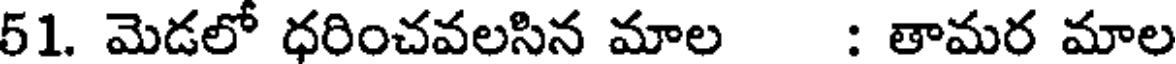
51. మెడలో ధరించవలసిన మాల : తామర మాల